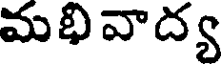
మభివాద్య